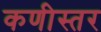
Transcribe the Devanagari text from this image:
कणीस्तर